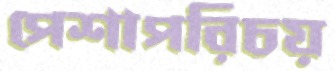
পেশাপরিচয়